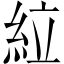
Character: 𫃡